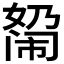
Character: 𰌓